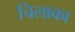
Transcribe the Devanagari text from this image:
चिलाका